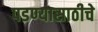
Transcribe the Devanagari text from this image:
पडण्यासाठीचे